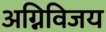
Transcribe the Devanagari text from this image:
अग्निविजय